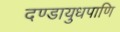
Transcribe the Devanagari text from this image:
दण्डायुधपाणि